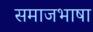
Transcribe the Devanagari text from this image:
समाजभाषा